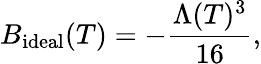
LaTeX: B_{\mathrm{ideal}}(T)=-\frac{\Lambda(T)^{3}}{16},